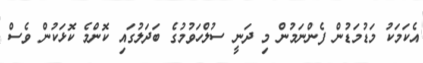
އެކަމަކު މަޑުމަޑުން ފެންނަމުން މި ދަނީ ސުލްހަވުމުގެ ބަދަލުގައި ކޮންމެ ކޮޅަކުން ވެސް